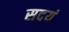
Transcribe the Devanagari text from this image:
सदयं